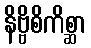
နိဗ္ဗိစိကိစ္ဆာ